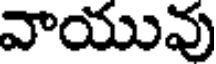
వాయువు